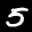
Label: 5